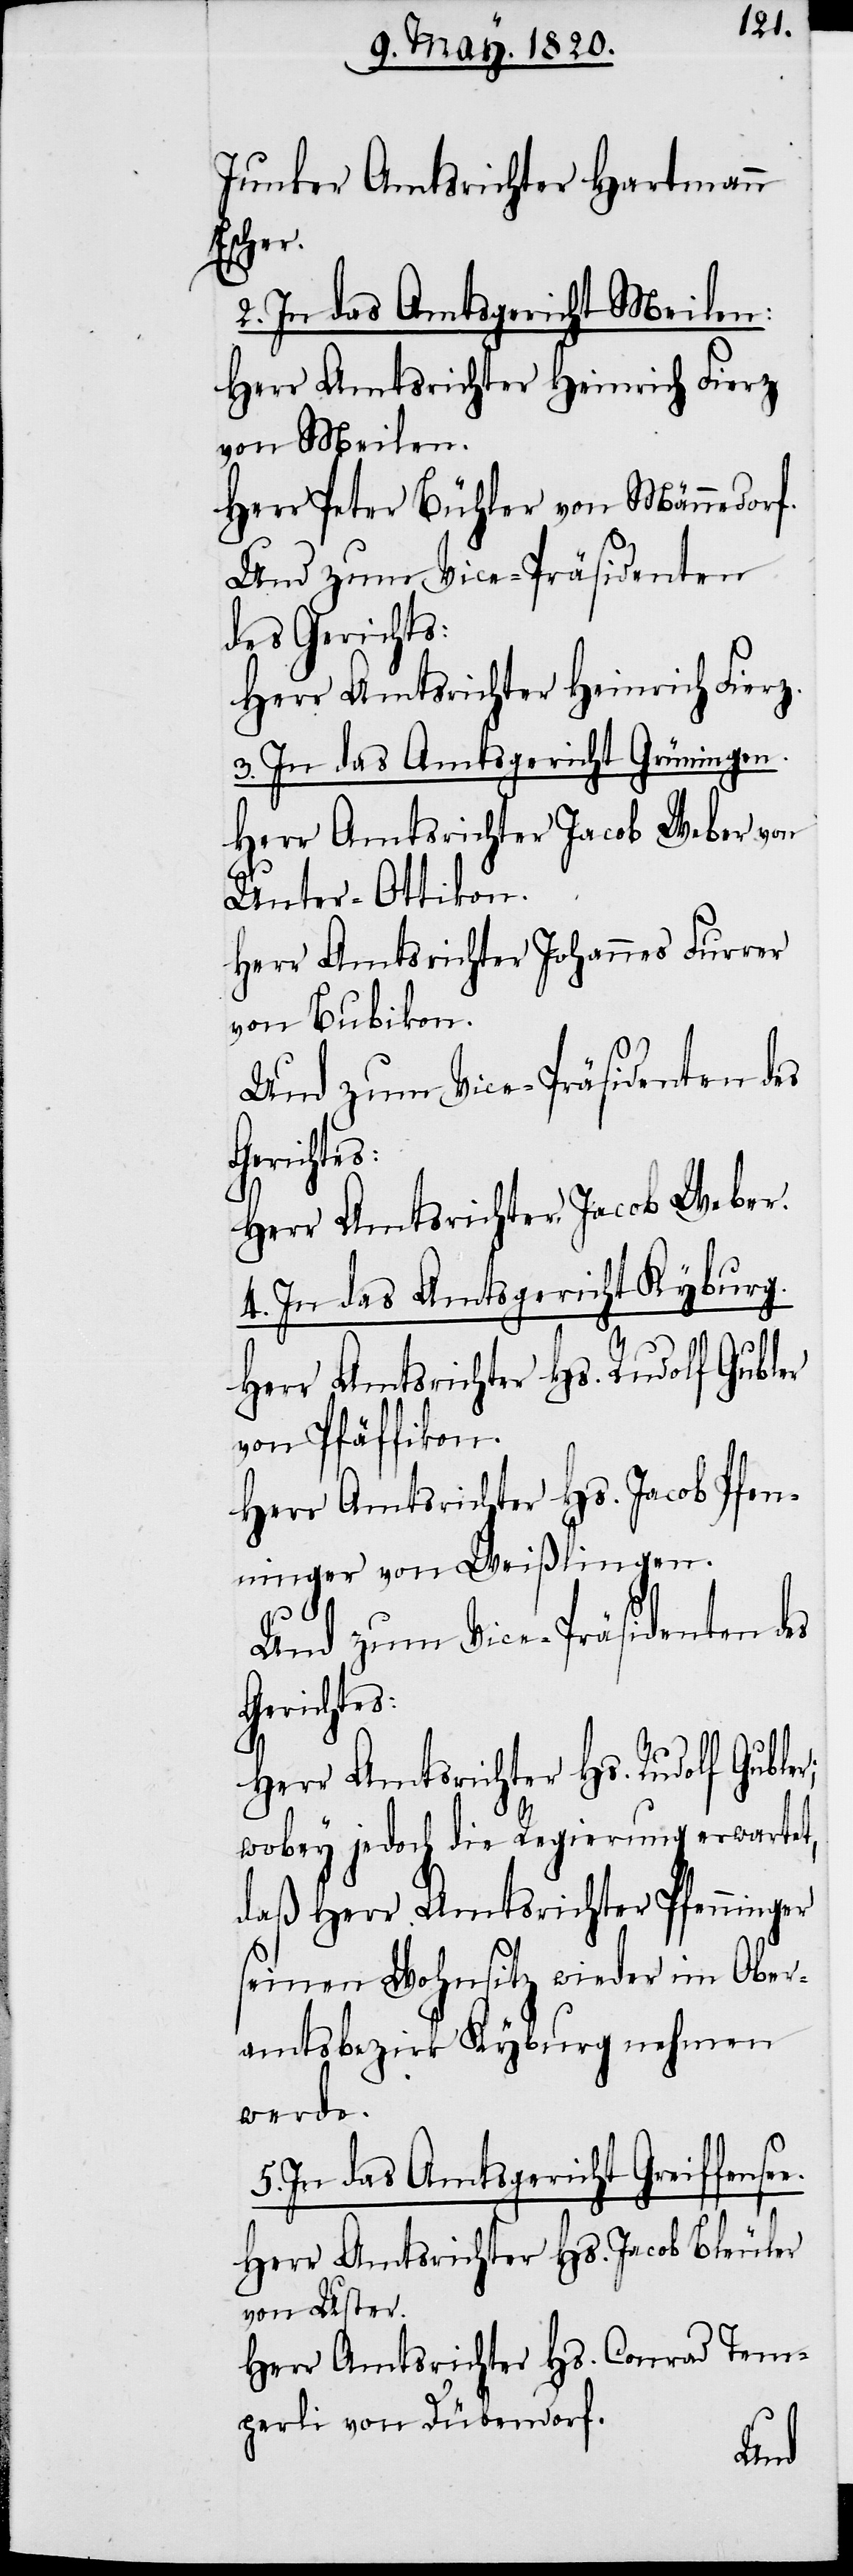
Junker Amtsrichter Hartmann
Escher.
2. In das Amtsgericht Meilen:
Herr Amtsrichter Heinrich Fierz
von Meilen.
Herr Peter Bühler von Männedorf.
Und zum Vice-Präsidenten
des Gerichts:
Herr Amtsrichter Heinrich Fierz.
3. In das Amtsgericht Grüningen.
Herr Amtsrichter Jacob Weber von
Unter-Ottikon.
Herr Amtsrichter Johannes Furrer
von Bubikon.
Und zum Vice-Präsidenten des
Gerichtes:
Herr Amtsrichter Jacob Weber.
4. In das Amtsgericht Kyburg.
Herr Amtsrichter Hs. Rudolf Gubler
von Pfäffikon.
Herr Amtsrichter Hs. Jacob Pfen¬
ninger von Weißlingen.
Gerichtes:
Herr Amtsrichter Hs. Rudolf Gubler;
wobey jedoch die Regierung erwartet,
daß Herr Amtsrichter Pfenninger
seinen Wohnsitz wieder im Ober¬
amtsbezirk Kyburg nehmen
werde.
5. In das Amtsgericht Greiffense¬
Herr Amtsrichter Hs. Jacob Bleuler
von Uster.
Herr Amtsrichter Hs. Conrad Tem¬
perli von Dübendorf.

e.